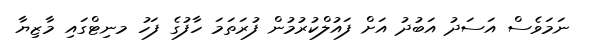
ނަމަވެސް އަސަދު އަބުދު އަށް ފައުލްކުރުމުން ފުރަތަމަ ހާފުގެ ފަހު މނިޓްގައި މާޒިޔާ